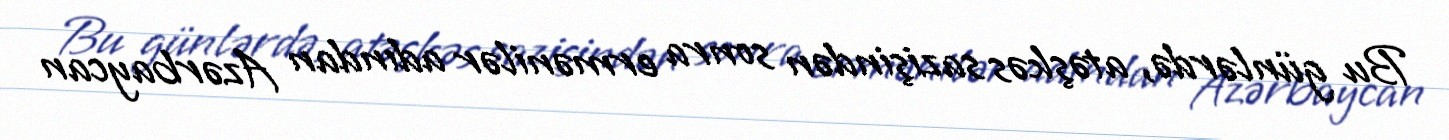
Bu günlərdə, atəşkəs sazişindən sonra ermənilər adından Azərbaycan